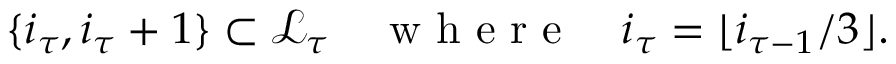
\{ i _ { \tau } , i _ { \tau } + 1 \} \subset \mathcal { L } _ { \tau } \quad \mathrm { ~ w ~ h ~ e ~ r ~ e ~ } \quad i _ { \tau } = \lfloor i _ { \tau - 1 } / 3 \rfloor .